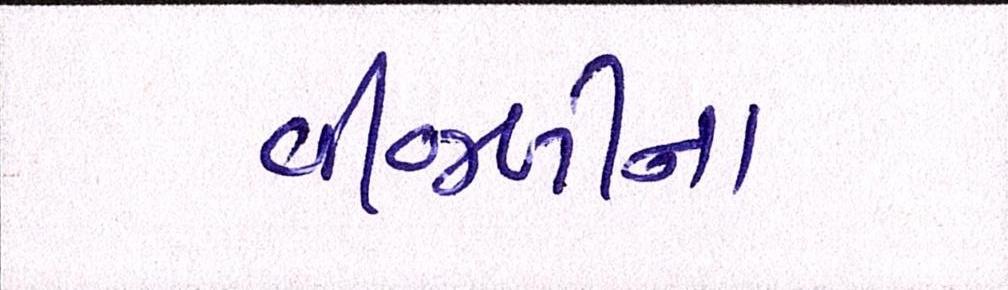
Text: વીજળીના